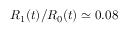
R _ { 1 } ( t ) / R _ { 0 } ( t ) \simeq 0 . 0 8